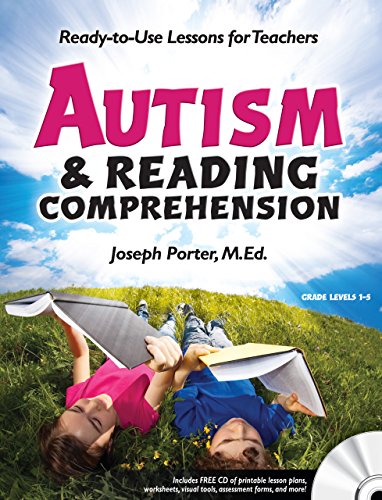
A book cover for Autism and Reading Comprehension: Ready-to-use Lessons for Teachers; Joseph Porter; Health, Fitness & Dieting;